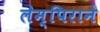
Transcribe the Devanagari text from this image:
लेम्पिराने